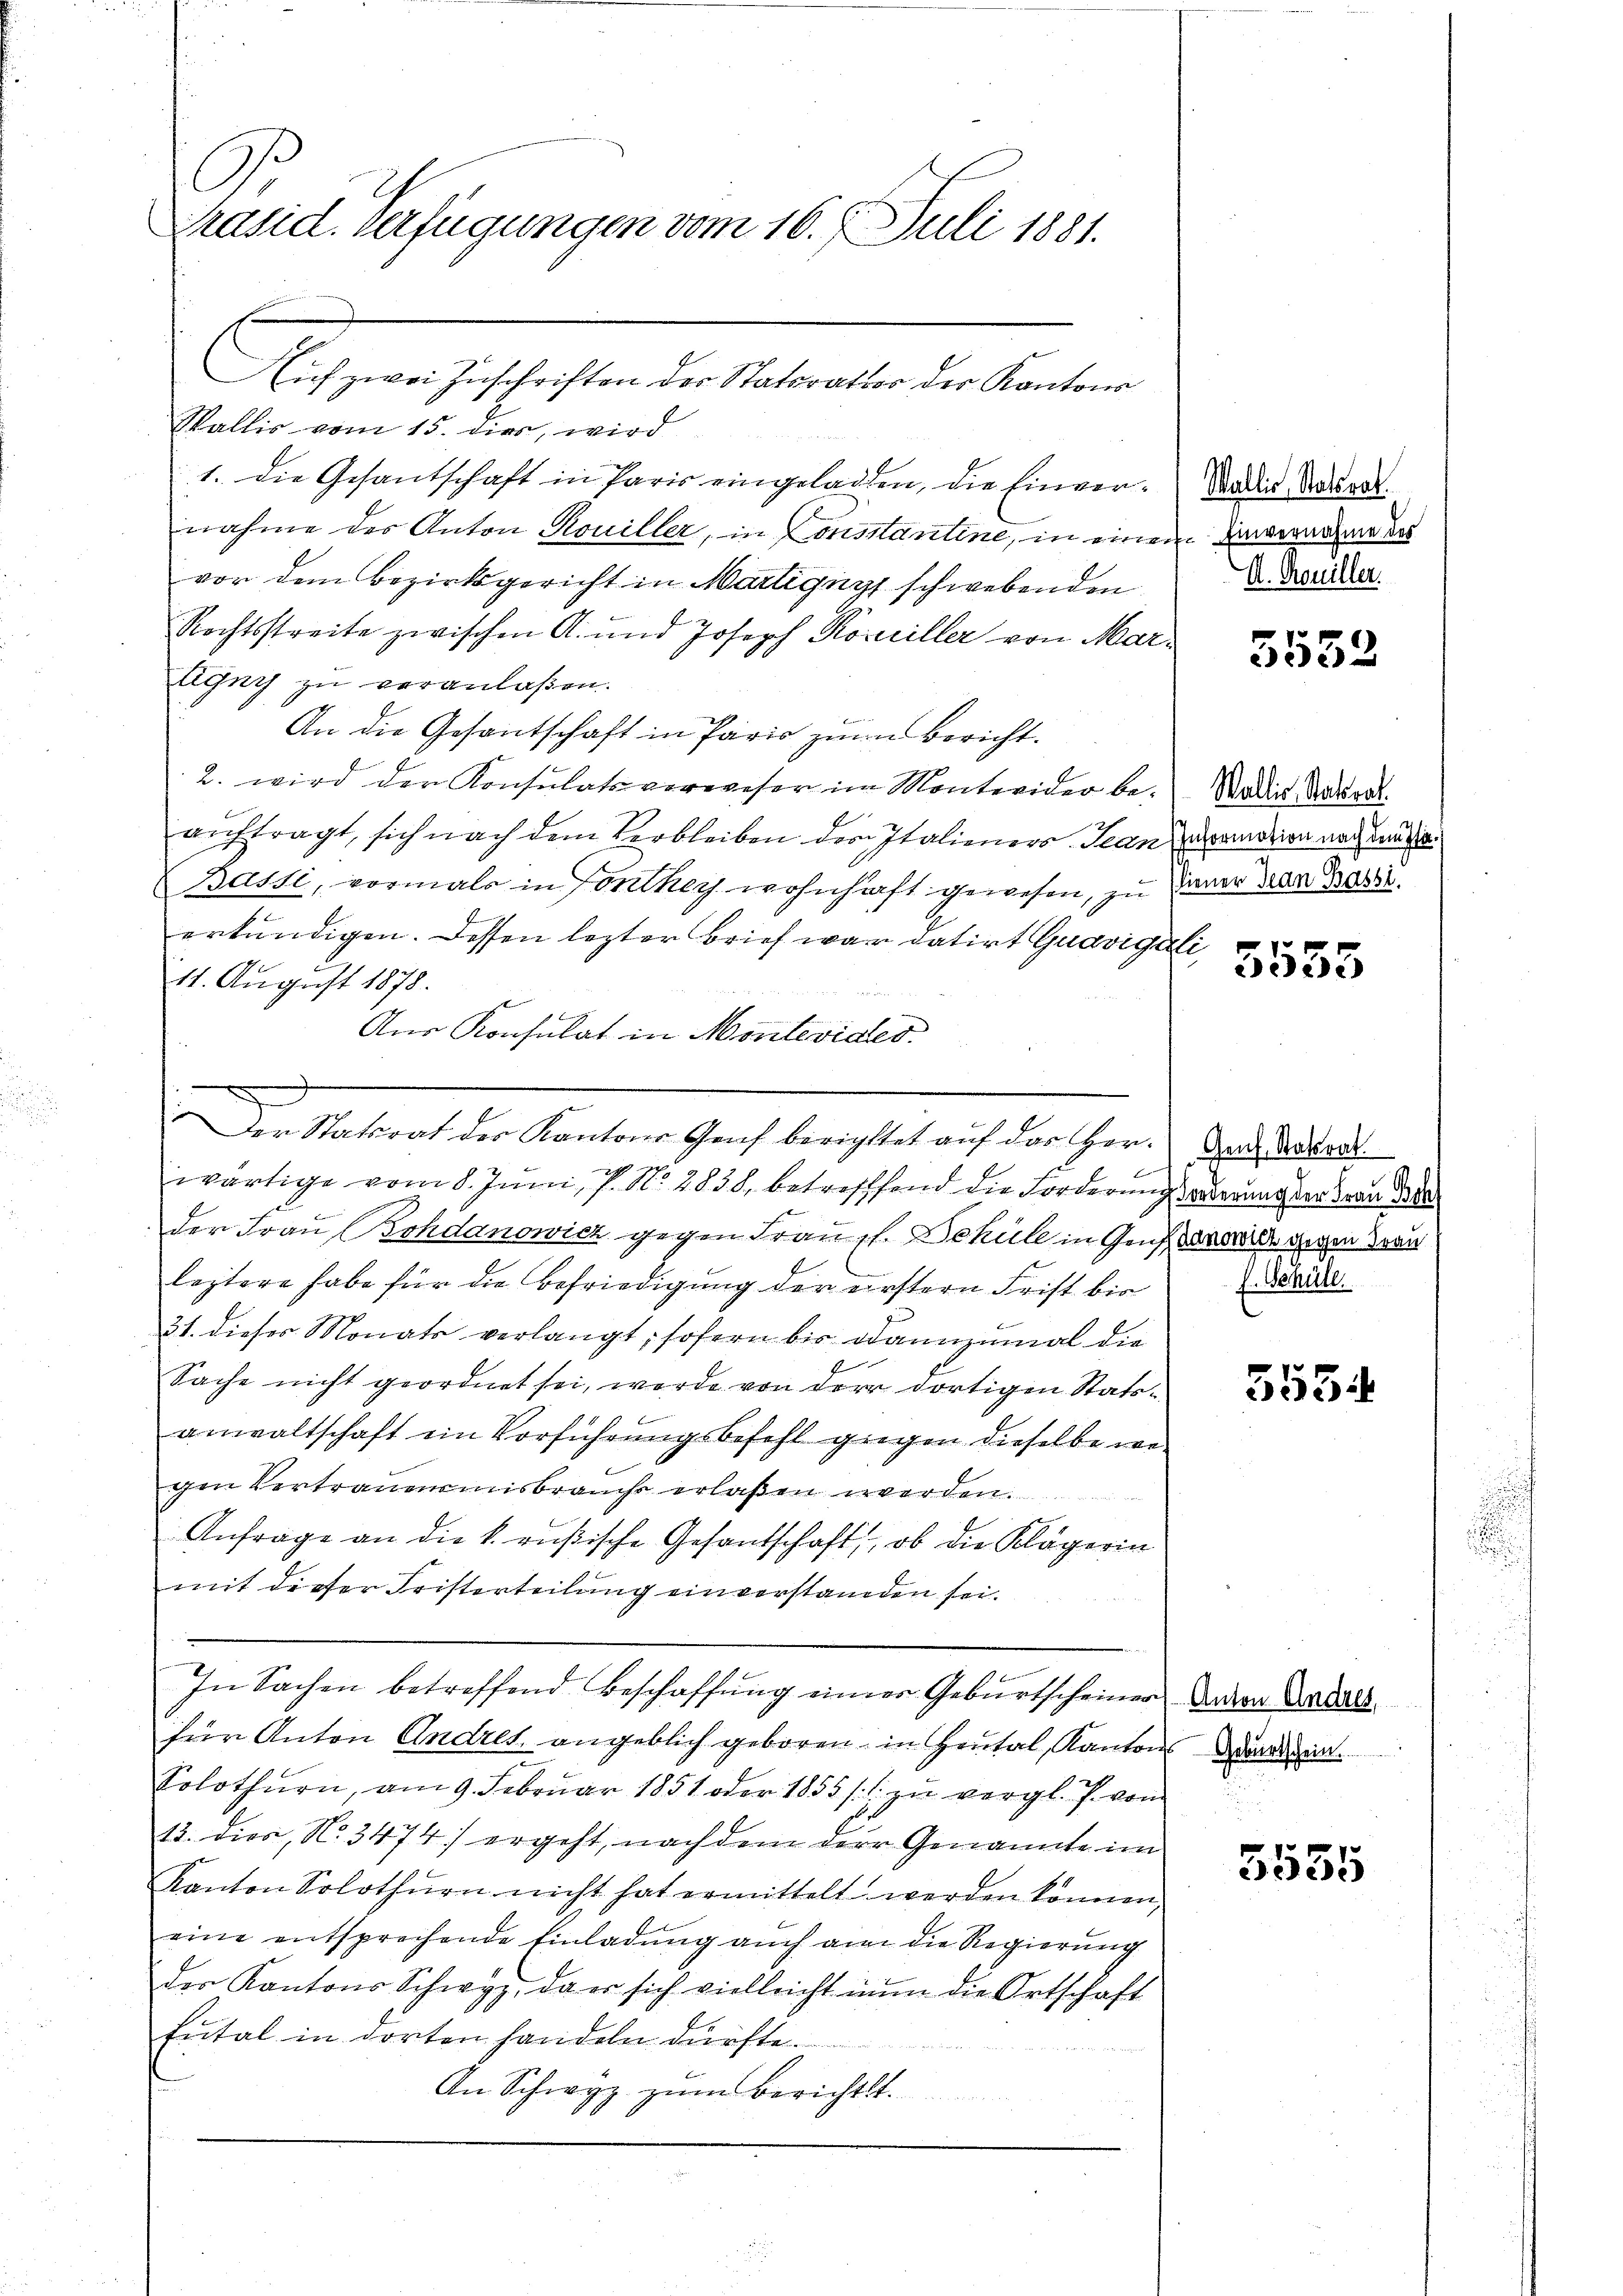
C
Präsid. Verfügungen vom 16. Juli 1881.

Eich zwei Zuschriften der Statorator der Kantons
Wallis vom 15. dies, wird
1. Die Gesantschaft in Paris eingeladen, die Einvernahme der Anton Rouiller, in Constantine, in einem Verwarten des
vor dem Bezirksgericht in Martignys schwebenden
Rechtsstreite zwischen A. und Joseph Korriller von Mar¬
Agny zu veranlaßen.
An die Gesantschaft in Paris zŭm Bericht.
2. wird der Konsulats verweser im Montevider beauftragt, sich nach dem Verbleiben der Italieners Jean candion nach den
Bassi, vormals in Fonthey wohnhaft gewesen, zu Dauer das Basi
erkundigen. Dessen lezter Brief war datirt Guavigen
11. August 1878.
Aus Konsulat in Montevider
wärtige vom 8. Juni, P. Nr. 2838, betreffend die Forderung oderung der dran de
der Frau (Bohdanowicz gegen Frau s. Deküll in Gener gegen Trau
leztere habe für die Befriedigung der erstern Frist bie
31. dieses Monats verlangt, sofern bis dannzumal die
Sache nicht geordnet sei, werde von der dortigen Statsanwaltschaft ein Vorführungsbefehl gegen dieselbe we
gen Vertrauensmisbrauchs erlaßen werden.
Anfrage an die k. rußische Gesandschaft, ob die Klägerin
mit dieser Fristerteilung einverstanden sei.
In Sachen betreffend Beschaffung einer Geburtscheiner davon Dotals
für Anton Andres, angeblich geboren, in Heutal, Kantons Wunden.
Solothurn, am 9. Februar 1851 oder 1855 / zu vergl. J. vom
15. dies, No 3474) ergeht, nachdem der Genannte im
Kanton Solothurn nicht hat ermittelt werden können,
eine entsprechende Einladung auch an die Regierung
der Kantons Schwyz, da er sich vielleicht nun die Ortschaft
Eutal in dorten handeln dürfte.
An Schwyz zum Berichtst.

"Der Statsrat der Kantons Genf berichtet auf das Her-

Wallis, Statsrat
A. Rouiller.

5552

Wallis, Natrat

5555

Genf, Statsrat
E. Schule.

3534

5555